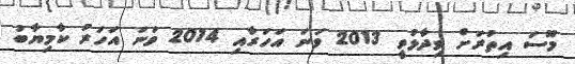
މޫސަ އިތުރަށް ވިދާޅުވީ 2013 ވަނަ އަހަރާއި 2014 ވަނަ އަހަރު ކާމިޔާބު